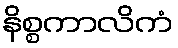
နိစ္စကာလိကံ